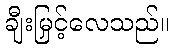
ချီးမြှင့်လေသည်။